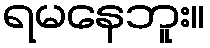
ရမနေဘူး။